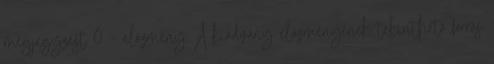
megjegyzést 0 – előzmény A kiadvány előzményének tekinthető forrás